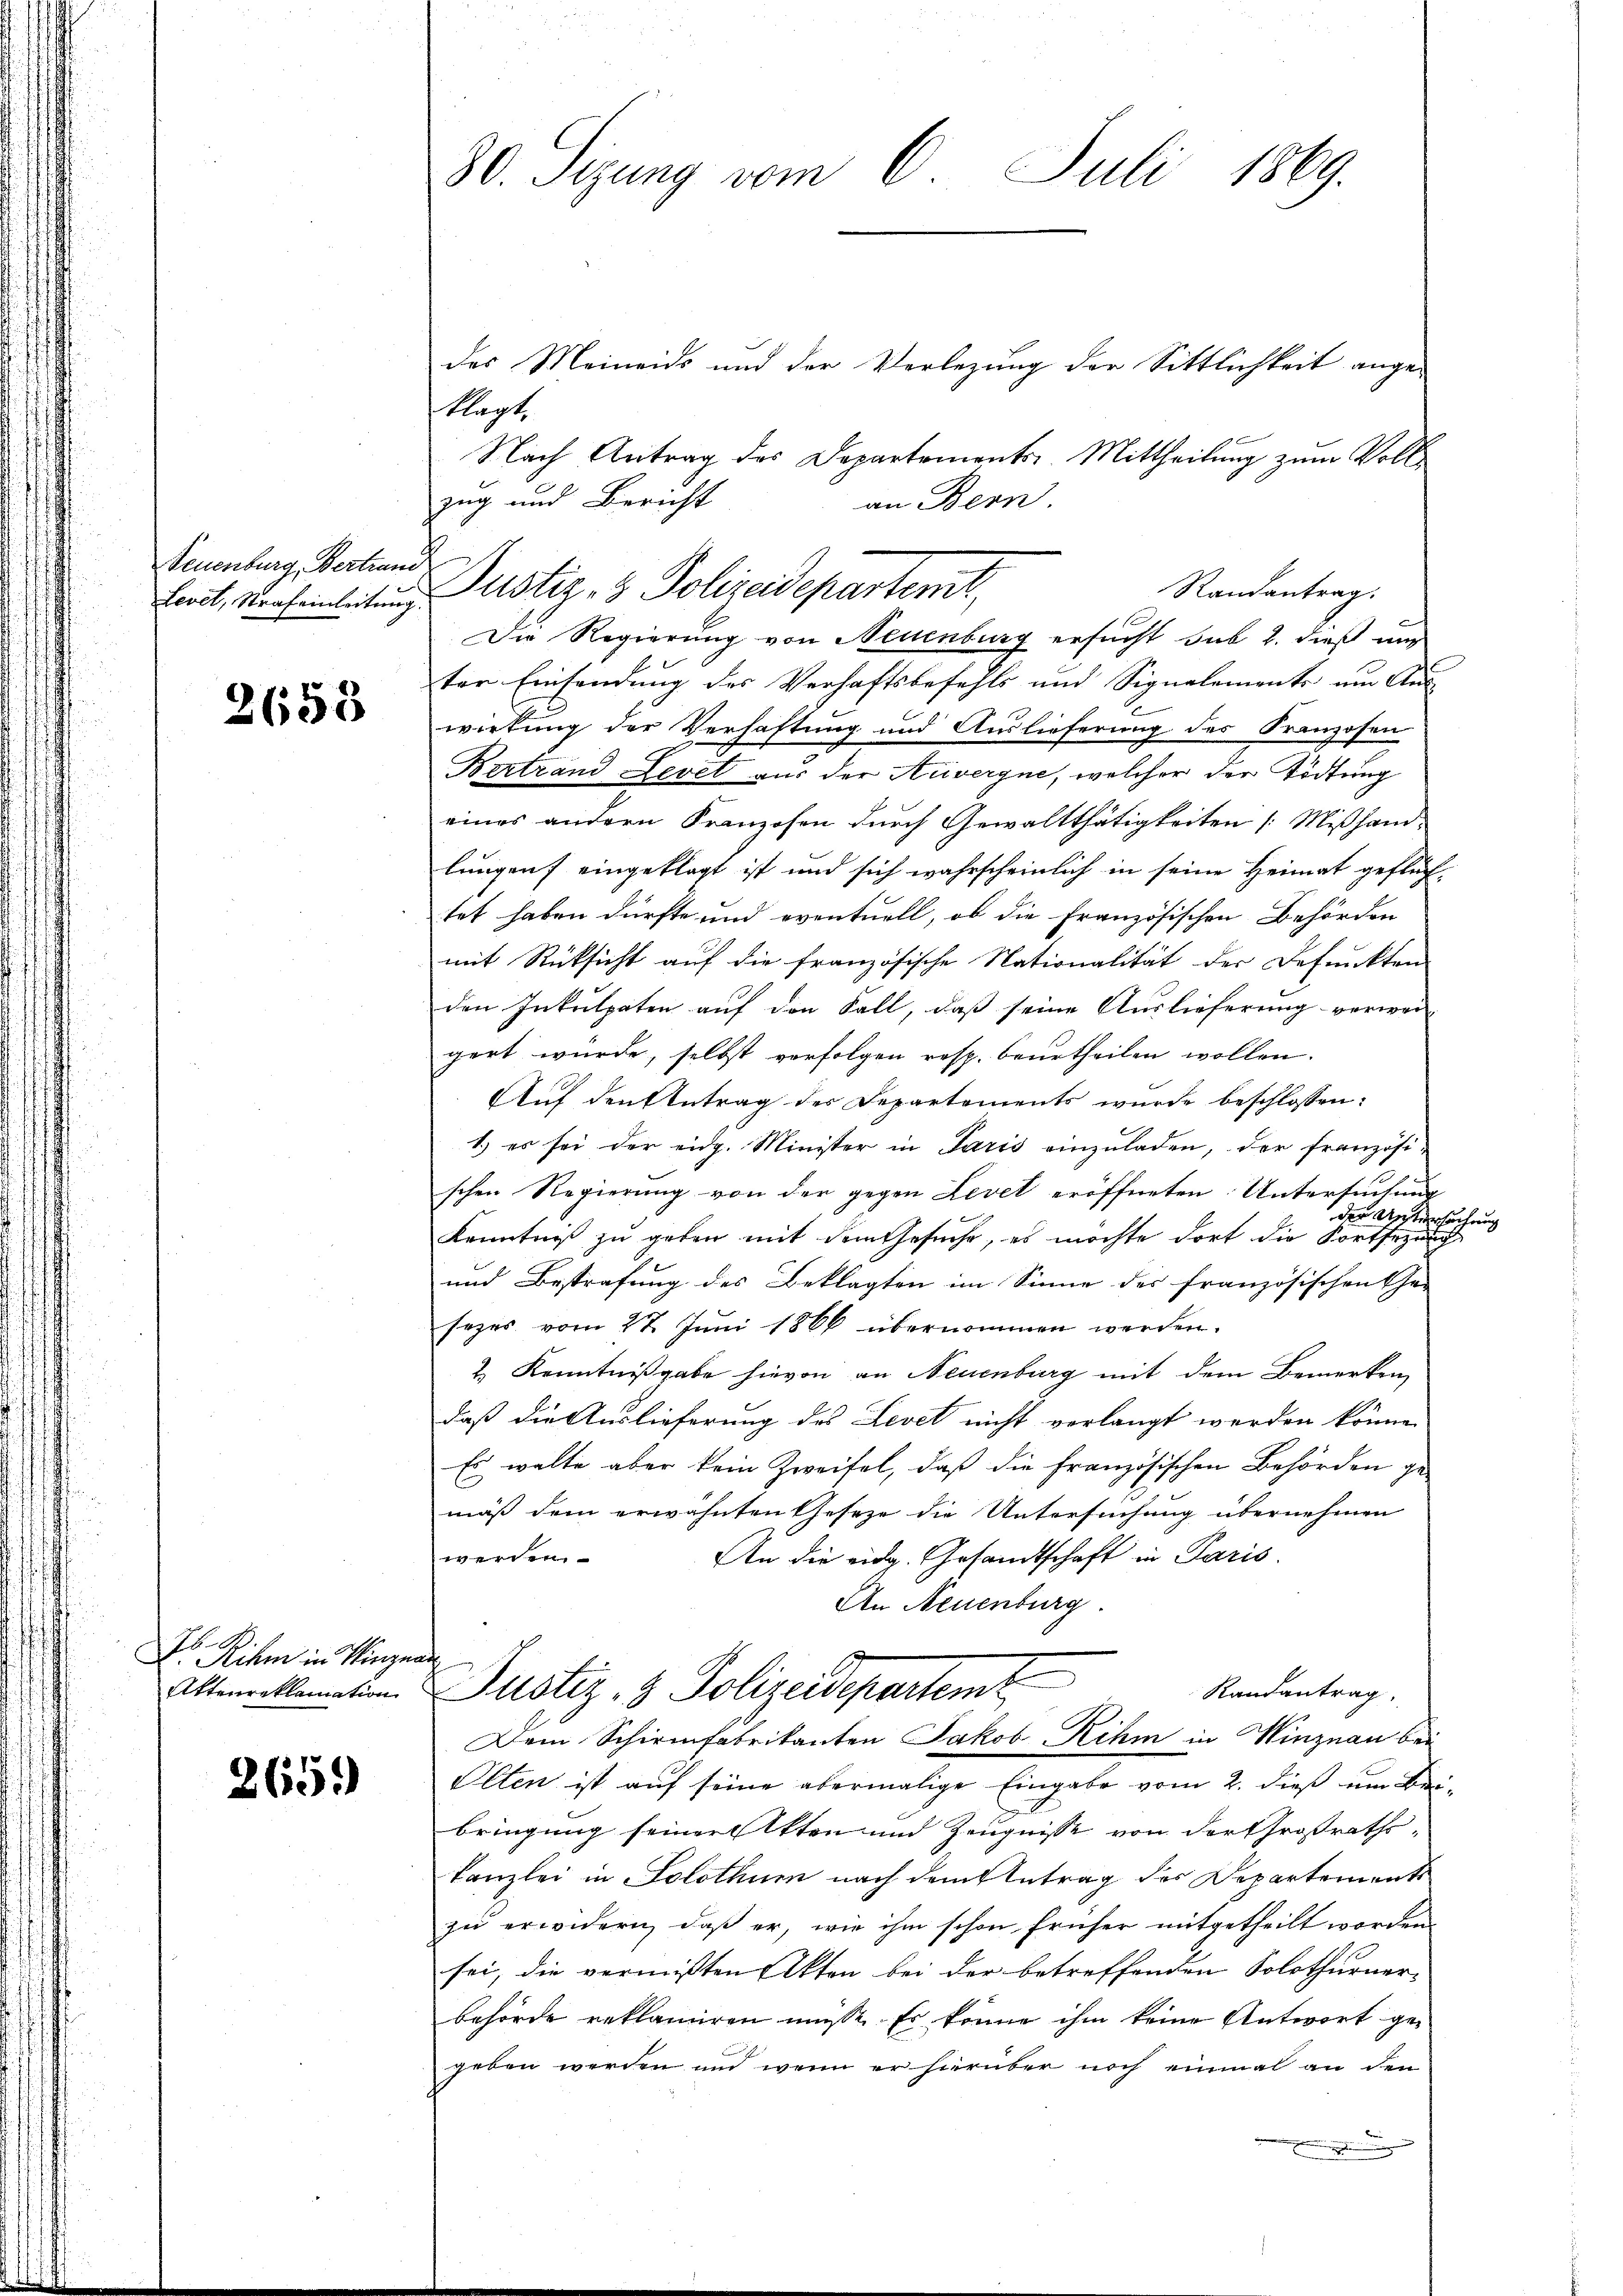
Seuenburg, Bertrau
Level, Straf einleitung.

2658

Dr. Rihm in Vinze

265.

30. Sizung vom 6. Juli 1869.

des Meineids und der Verlegung der Sittlichkeit ange-
klagt.
Nach Antrag des Departements-Mittheilung zum Voll¬
Die Regierung von Neuenburg ersucht sub 2. dieß nich
ter Einsendung des Verhaftsbefehls und Signalemente um Aus
wirkung der Verhaftung und Auslieferung des Franzosen
Bertrand Levet aus der Anvergne, welcher der Tödtung
eines andern Franzosen durch Gewaltthätigkeiten [Mißhand-
lungen eingeklagt ist und sich wahrscheinlich in seine Heimat geflüch-
tet haben dürfte und eventuell, ob die Französischen Behörden
mit Rücksicht auf die französische Nationalität der Defunkten
den Inkulpaten auf den Fall, daß seine Auslieferung verwei
gert wurde, selbst verfolgen resp. beurtheilen wollen.
Auf den Antrag der Departements wurde beschlossen:
1.) es sei der eidg. Minister in Paris einzuladen, der französi-
schen Regierung von der gegen Levet eröffneten Untersuchung
der Untersuchung
Kenntniß zu geben mit dem Gesuche, es möchte dort die Fortsezung
und Bestrafung des Beklagten im Sinne des französischen Ge-
sezes vom 22. Juni 1866 übernommen werden.
& Kenntnißgabe hievon an Neuenburg mit dem Bemerken,
daß die Auslieferung des Levet nicht verlangt werden könne.
Es walte aber kein Zweifel, daß die Französischen Behörden gemäß dem erwähnten Geseze die Untersuchung übernehmen
werden.
An die eidg. Gesandtschaft in Paris.
An Neuenburg.
ai
Altmarklamation Justiz- & Polizeidepartem
Randantrag,
Dem Schirmfabrikanten Jakob Rihm in Winznau bei
Olten ist auf seine abermalige Eingabe vom 2. dieß ein Bei-
bringung seiner Akten und Zeugnisse von der Großraths¬
Kanzlei in Solothum nach dem Antrag des Departements
zŭ erwidern, daβ er, wie ihm schon früher mitgetheilt worden.
sei, die vermißten Akten bei der betreffenden Solothurner-
behörde reklamiren müsse. Es könne ihm keine Antwort gegeben werden und wenn er hierüber noch einmal an den
.

zug und Bericht
an Bern.
Justiz- & Polizeideparterit,
Randantrag.